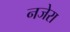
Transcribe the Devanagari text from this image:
नजेरा